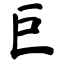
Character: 巨